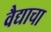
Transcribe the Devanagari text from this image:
वैद्याचा